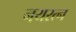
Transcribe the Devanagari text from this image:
नयरत्न